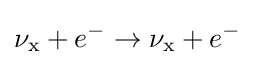
\nu _{\text{x}}+e^{-}\to \nu _{\text{x}}+e^{-}